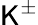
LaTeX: \mathsf{K}^{\pm}